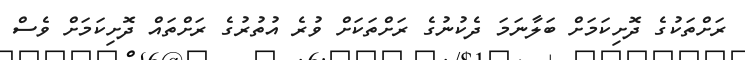
ރަށްތަކުގެ ދޮށިކަމަށް ބަލާނަމަ ދެކުނުގެ ރަށްތަކަށް ވުރެ އުތުރުގެ ރަށްތައް ދޮށިކަމަށް ވެސް